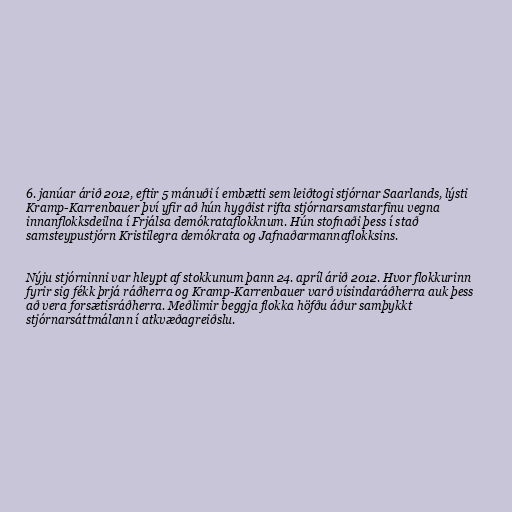
6. janúar árið 2012, eftir 5 mánuði í embætti sem leiðtogi stjórnar Saarlands, lýsti
Kramp-Karrenbauer því yfir að hún hygðist rifta stjórnarsamstarfinu vegna
innanflokksdeilna í Frjálsa demókrataflokknum. Hún stofnaði þess í stað
samsteypustjórn Kristilegra demókrata og Jafnaðarmannaflokksins.

Nýju stjórninni var hleypt af stokkunum þann 24. apríl árið 2012. Hvor flokkurinn
fyrir sig fékk þrjá ráðherra og Kramp-Karrenbauer varð vísindaráðherra auk þess
að vera forsætisráðherra. Meðlimir beggja flokka höfðu áður samþykkt
stjórnarsáttmálann í atkvæðagreiðslu.